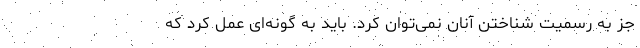
جز به رسمیت شناختن آنان نمی‌توان کرد. باید به گونه‌ای عمل کرد که